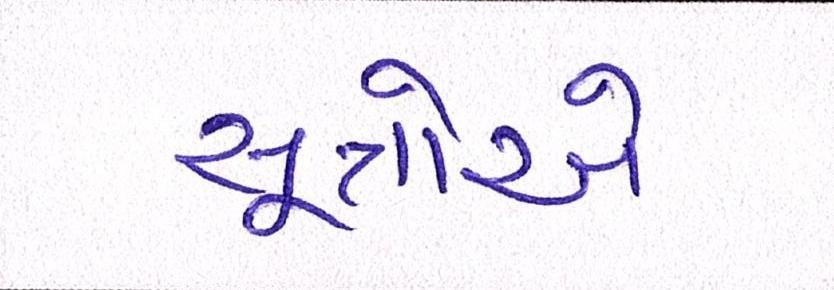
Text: સૂત્રોએ